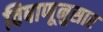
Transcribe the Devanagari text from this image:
विषाणूनुसार